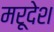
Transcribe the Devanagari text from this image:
मरूदेश